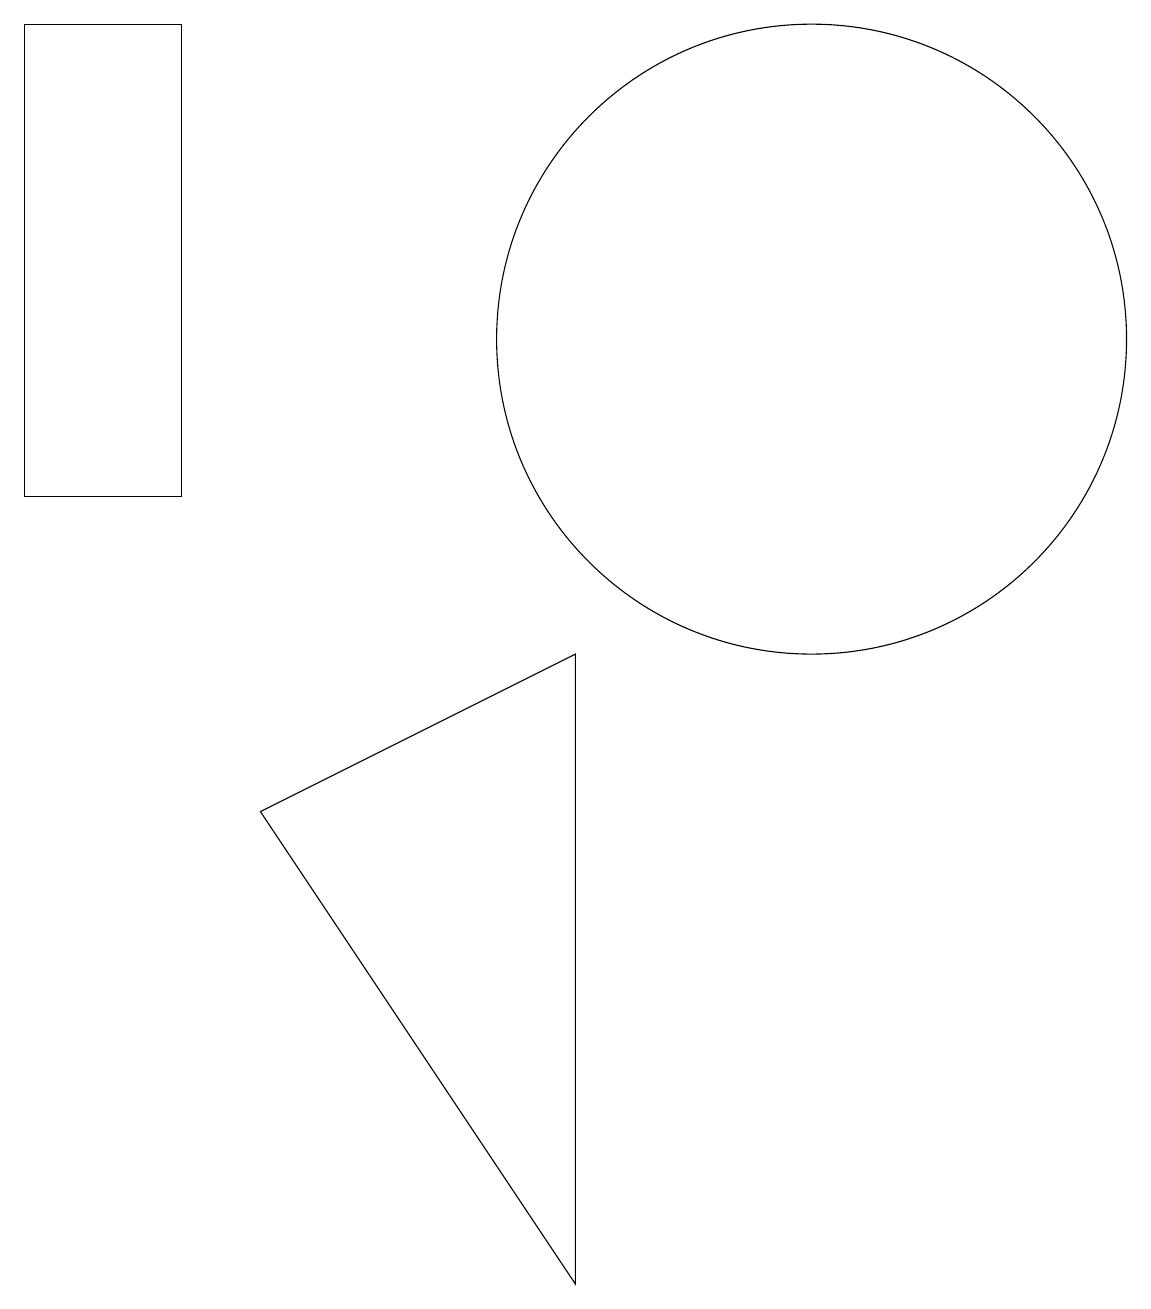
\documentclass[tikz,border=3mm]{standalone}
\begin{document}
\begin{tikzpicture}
\draw (0,16) rectangle (2,10);
\draw (3,6) -- (7,0) -- (7,8) -- cycle;
\draw (10,12) circle (4);
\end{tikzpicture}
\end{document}